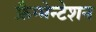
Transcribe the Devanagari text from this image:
फ्रैग्मेन्टेशन